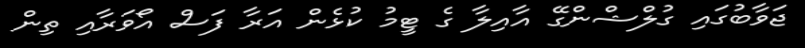
ޖަވާބުގައި ގުލްޝްންގޭ އާއިލާ ގެ ޓީމު ކުޅެން އަރާ ފަސް އޯވަރާއި ތިން